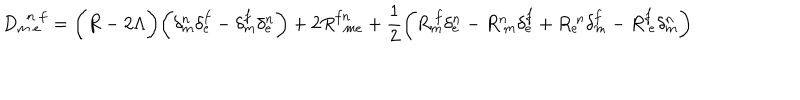
D _ { m ~ e } ^ { ~ ~ n ~ f } = \biggl ( R - 2 \Lambda \biggr ) \biggl ( \delta _ { m } ^ { n } \delta _ { e } ^ { f } - \delta _ { m } ^ { f } \delta _ { e } ^ { n } \biggr ) + 2 R _ { ~ ~ m e } ^ { f n } + \frac { 1 } { 2 } \biggl ( R _ { m } ^ { ~ f } \delta _ { e } ^ { n } - R _ { ~ m } ^ { n } \delta _ { e } ^ { f } + R _ { e } ^ { ~ n } \delta _ { m } ^ { f } - R _ { ~ e } ^ { f } \delta _ { m } ^ { n } \biggr )